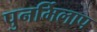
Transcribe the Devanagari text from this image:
पुनर्मिलाप